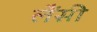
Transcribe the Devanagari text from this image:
लैंसी